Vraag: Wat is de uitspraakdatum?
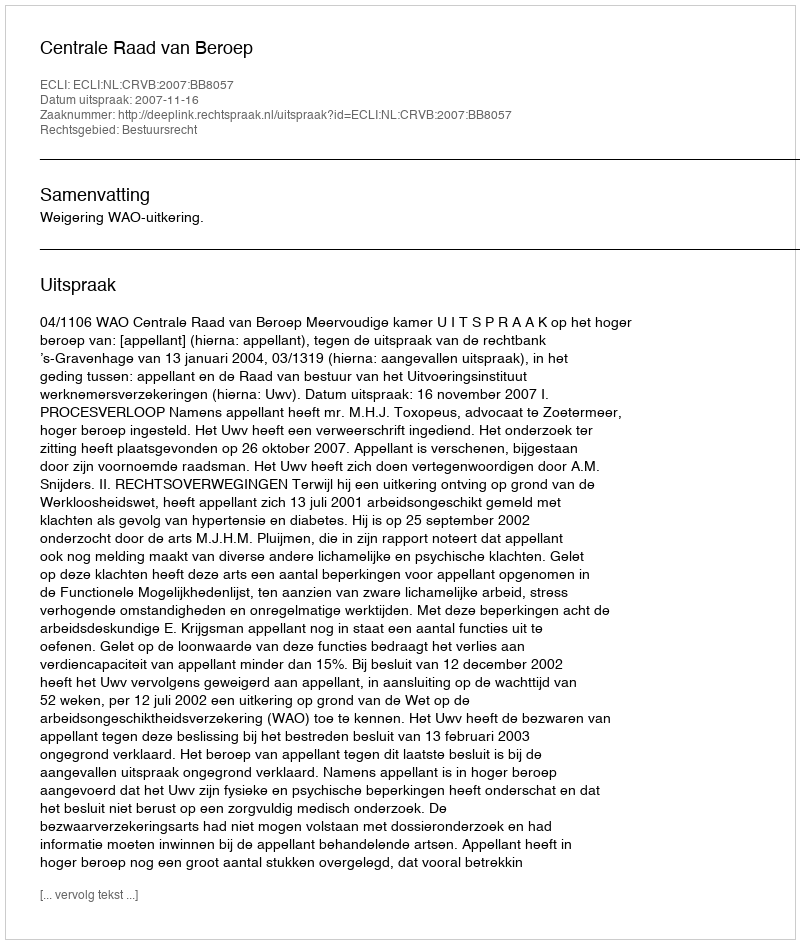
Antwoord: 2007-11-16